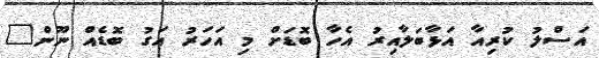
އަސްލު ކުރިއާ އަޅާބަލާއިރު އެހާ ބޮޑަށް މި އަހަރު އަގު ބޮޑެއް ނޫން"